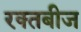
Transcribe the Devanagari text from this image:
रक्‍तबीज